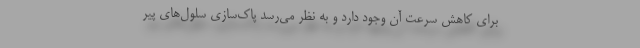
برای کاهش سرعت آن وجود دارد و به ‌نظر می‌رسد پاک‌سازی سلول‌های پیر